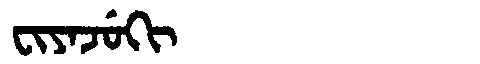
Manchu: ᠸᡳᠶᠠᠵᡠᡴᡳ
Romanization: FIYAJUKI